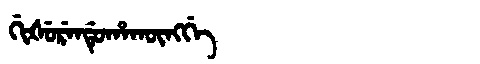
Manchu: ᡤᡳᡧᡠᡵᡝᠨᡩᡠᡥᠠᡴᡡᠩᡤᡝ
Romanization: GIŠURENDUHAKŪNGGE